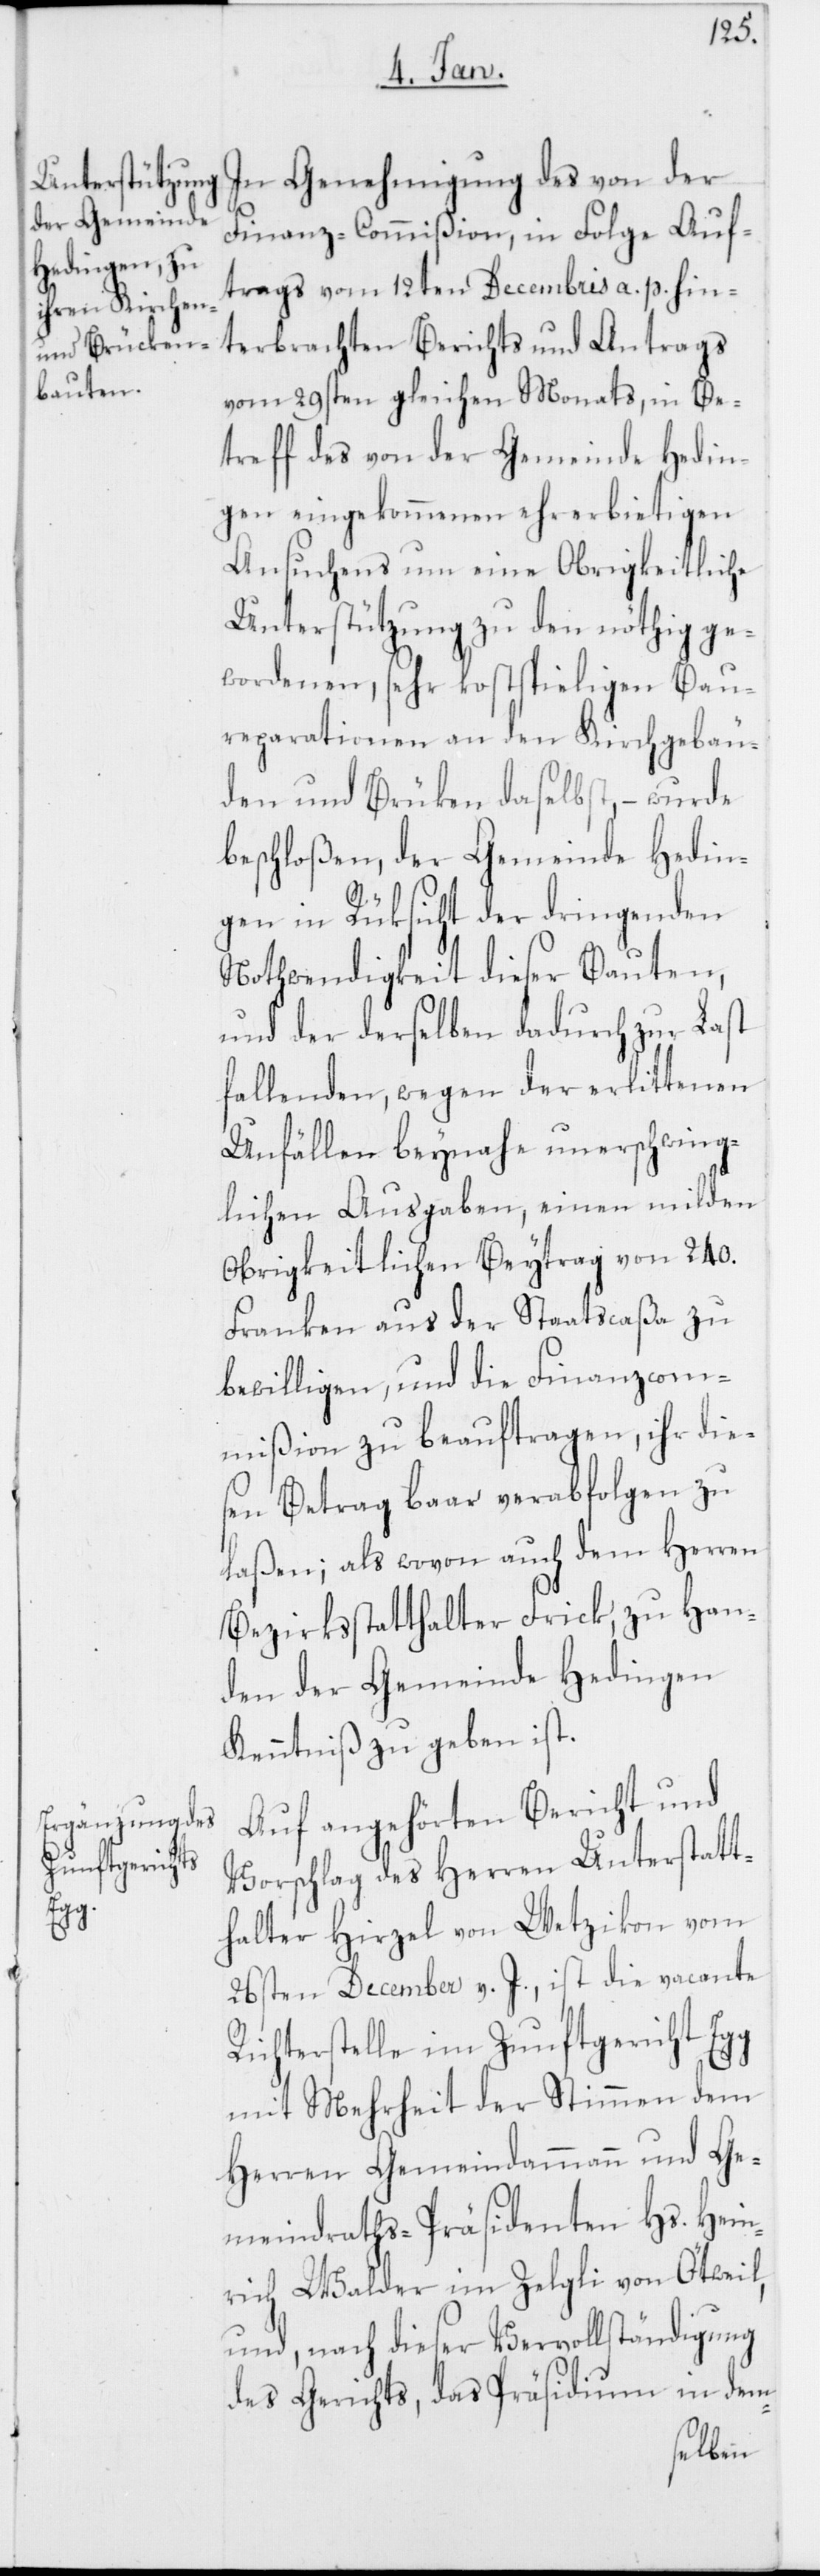
In Genehmigung des von der
Finanz-Commißion, in Folge Auf¬
trags vom 12ten Decembris a. p. hin¬
terbrachten Berichts und Antrags
vom 29sten gleichen Monats, in Be¬
treff des von der Gemeinde Hedin¬
gen eingekommenen ehrerbietigen
Ansuchens um eine Obrigkeitliche
Unterstützung zu den nöthig ge¬
wordenen, sehr kostspieligen Bau¬
reparationen an den Kirchgebäu¬
den und Brücken daselbst, – wurde
beschloßen, der Gemeinde Hedin¬
gen in Rüksicht der dringenden
Nothwendigkeit dieser Bauten,
und der derselben dadurch zur Last
fallenden, wegen der erlittenen
Unfällen beynahe unerschwing¬
lichen Ausgaben, einen milden
Obrigkeitlichen Beytrag von 240.
Franken aus der Staatscaßa zu
bewilligen, und die Finanzcom¬
mißion zu beauftragen, ihr die¬
sen Betrag baar verabfolgen zu
laßen; als wovon auch dem Herren
Bezirksstatthalter Frick, zu Han¬
den der Gemeinde Hedingen
Kenntniß zu geben ist.
Auf angehörten Bericht und
Vorschlag des Herren Unterstatt¬
halter Hirzel von Wetzikon vom
26ten December v. J., ist die vacante
Richterstelle im Zunftgericht Egg
mit Mehrheit der Stimmen dem
Herren Gemeindammann und Ge¬
meindrats-Präsidenten Hs. Hein¬
rich Walder im Zelgli von Ötwil,
und, nach dieser Vervollständigung
des Gerichts, das Präsidium in dem-